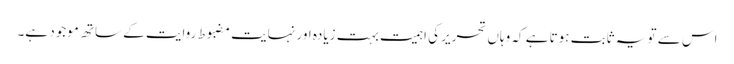
اس سے تو یہ ثابت ہوتا ہے کہ وہاں تحریر کی اہمیت بہت زیادہ اور نہایت مضبوط روایت کے ساتھ موجود ہے۔